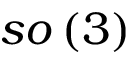
s o \left( 3 \right)